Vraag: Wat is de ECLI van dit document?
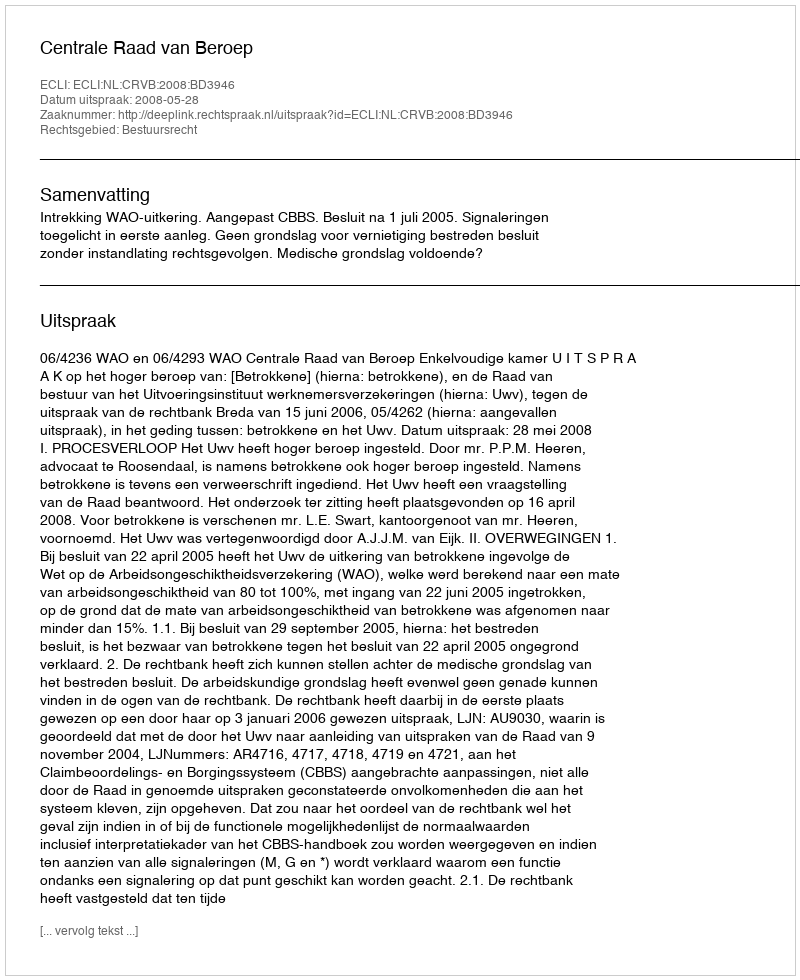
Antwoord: ECLI:NL:CRVB:2008:BD3946